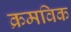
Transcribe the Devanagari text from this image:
क्रमविक